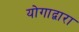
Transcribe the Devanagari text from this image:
योगाद्वारा